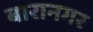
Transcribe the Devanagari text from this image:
बारानगर